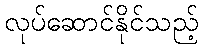
လုပ်ဆောင်နိုင်သည့်